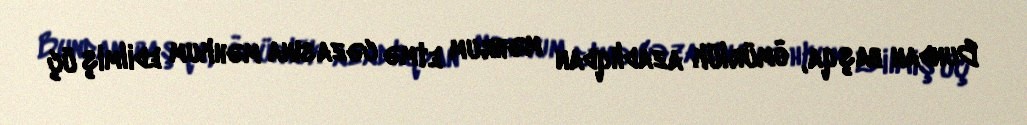
Bundan başqa, ömürlük azadlıqdan məhrum etmə cəzasına məhkum edilmiş üç